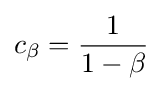
c_{\beta }={\frac {1}{1-\beta }}